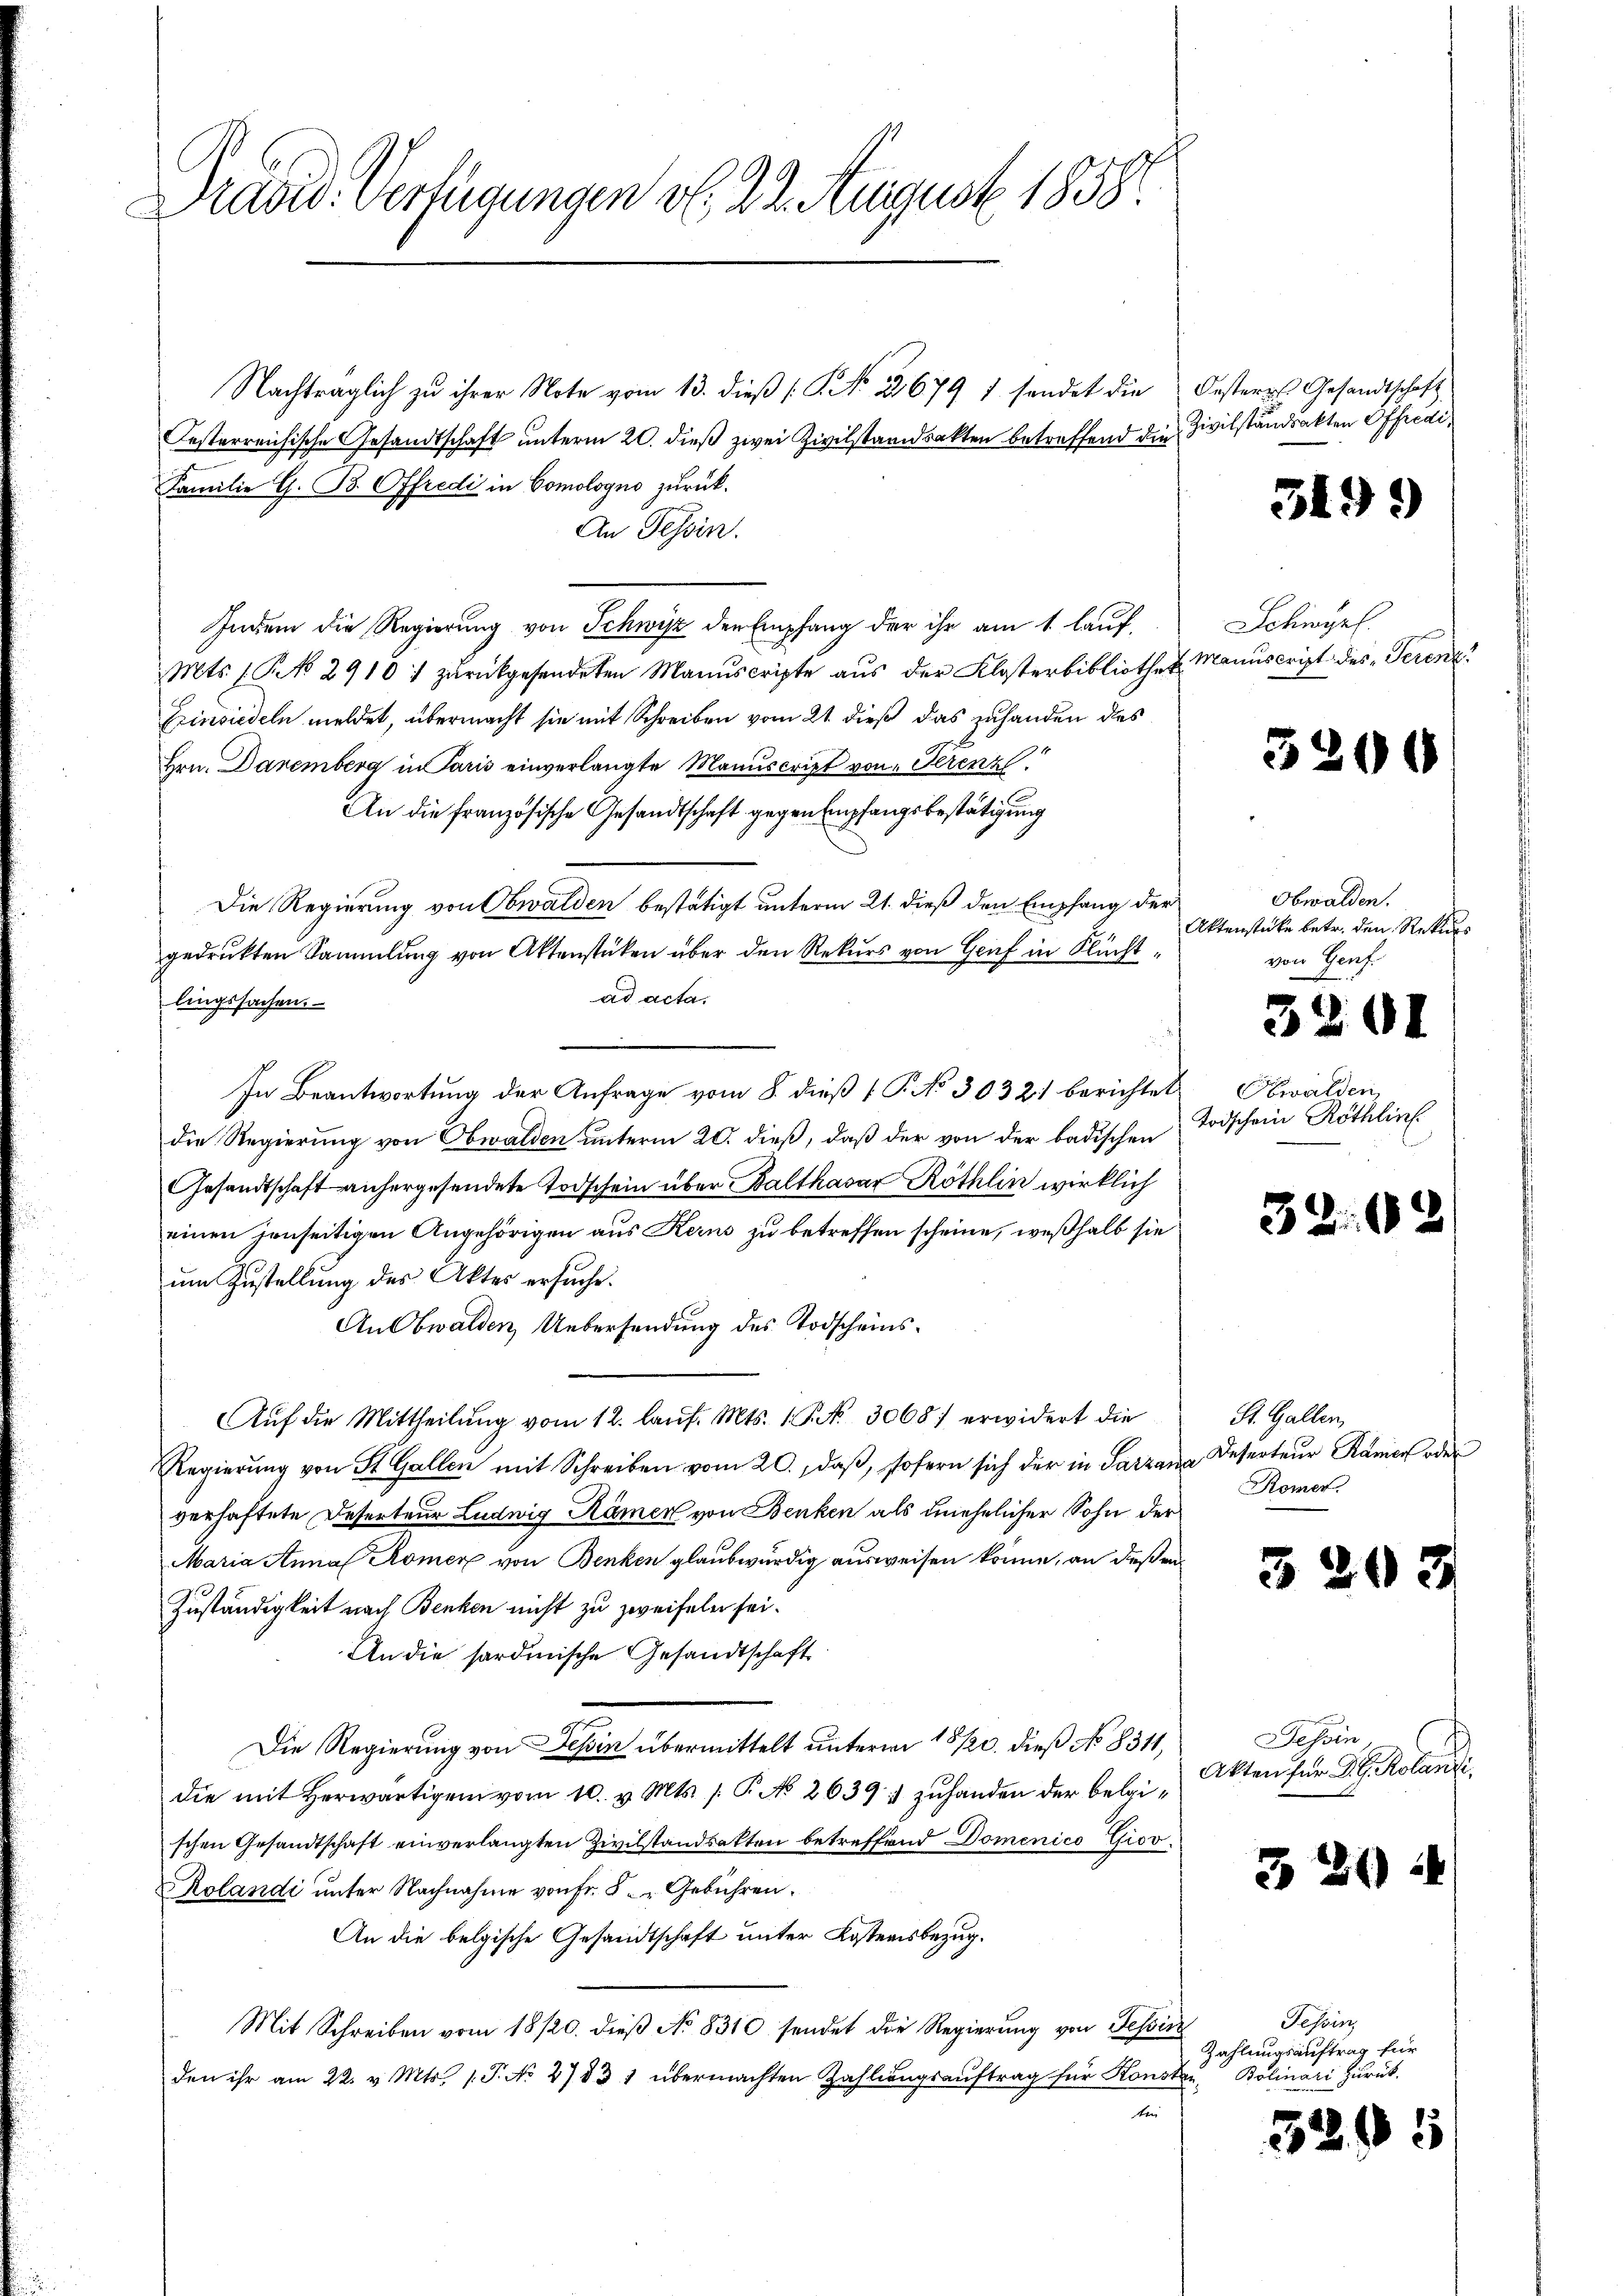
Dradid: Verfügungen v. 22. August 1858.

Nachträglich zu ihrer Note vom 13. dieß (§. No. 21679 1 sendet die
Jesterreichische Gesandtschaft unterm 20. dieß zwei Zivilstandsakten betreffend die
Familie G. B. Offredi in Comologno zurück.
An Tessin.
Indem die Regierung von Schwisz den Empfang der ihr am 1. lauf
Mts. 1. No 2910: zŭrückgesendeten Manuscripte aŭs der Klosterbibliothek. Manuscript des Serenz
Einsiedeln meldet, übermacht sie mit Schreiben vom 21. dieß das zuhanden des
Hrn. Danemberg in Paris einverlangte Manuscript von Serenz
An die französische Gesandtschaft gegen Empfangsbestätigung
Die Regierung von Obwalden bestätigt unterm 21. dieß den Empfang der
gedruckten Sammlung von Aktenstüken über den Rekurs von Genf in Flüchtad acta.
lingssachen.
In Beantwortung der Anfrage vom 8. dieß (T. No 3032 berichtet
die Regierung von Obwalden unterm 20. dieß, daß der von der badischen
Gesandtschaft anhergesendete Todschein über Balthasar Röthlin wirklich
einen jenseitigen Angehörigen aus Kerns zu betreffen scheine, weßhalb sie
um Zustellung des Aktes ersuche.
An Obwalden Uebersendung des Todscheins¬
Aŭf die Mittheilŭng vom 12. laŭf. Mts. 1. P. Nr. 3068) erwidert die
Regierŭng von St. Gallen mit Schreiben vom 20., daß, sofern sich der in Parzaverhaftete Deserteur Ludwig Römer von Benken als unehelicher Sohn der
Maria Anna Römer von Benken glaubwürdig ausweisen könne, an deßen
Zuständigkeit nach Benken nicht zu zweifeln sei.
An die sardinische Gesandtschaft
Die Regierung von Tessin übermittelt unterm 18 1/20. dieß No 8311,
die mit herwärtigen vom 10. v. Mts. /: P. No 2639: zuhanden der beleischen Gesandtschaft einverlangten Zivilstandsakten betreffend Domenico Giov.
olandi unter Nachnahme von Fr. 5 - " Gebühren.
An die belgische Gesandtschaft unter Kostensbezug.
Mit Schreiben vom 18/20. dieß No 8310 sendet die Regierung von Tessis
den ihr am 22. v. Mts. 1. P. No 2783 1 übermachten Zahlungsauftrag für Konst
ten

Oesteres Gesandtschaft
Zivilstandsakten Effredi¬

319.

Schwyz.

3200

Obwalden.
Aktenstücke betr. den Rekurs
von Genf.

30

Ewalden
Todschein Röthlin

32.

St. Gallen,
dar Deserteur Kamer oder
Römer.

35

Tessin
Akten für Gl. Kolandi,

320

33

I

¬

1

Tessin,
Zahlungsauftrag für
Bolinari zuruk.
f

8